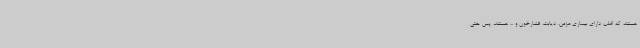
هستند که اغلب دارای بیماری مزمن، دیابت، فشارخون و ... هستند، پس حتی